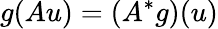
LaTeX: g(Au)=\left(A^{*}g\right)(u)